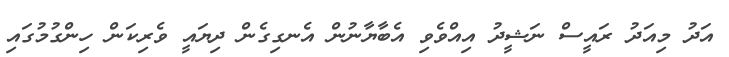
އަދު މިއަދު ރައީސް ނަޝީދު އިއްވެވި އެބާޔާނުން އެނގިގެން ދިޔައީ ވެރިކަން ހިންގުމުގައި